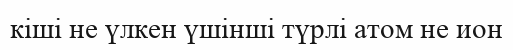
кіші не үлкен үшінші түрлі атом не ион